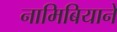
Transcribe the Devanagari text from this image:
नामिबियाने